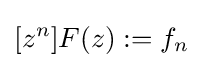
[z^{n}]F(z):=f_{n}